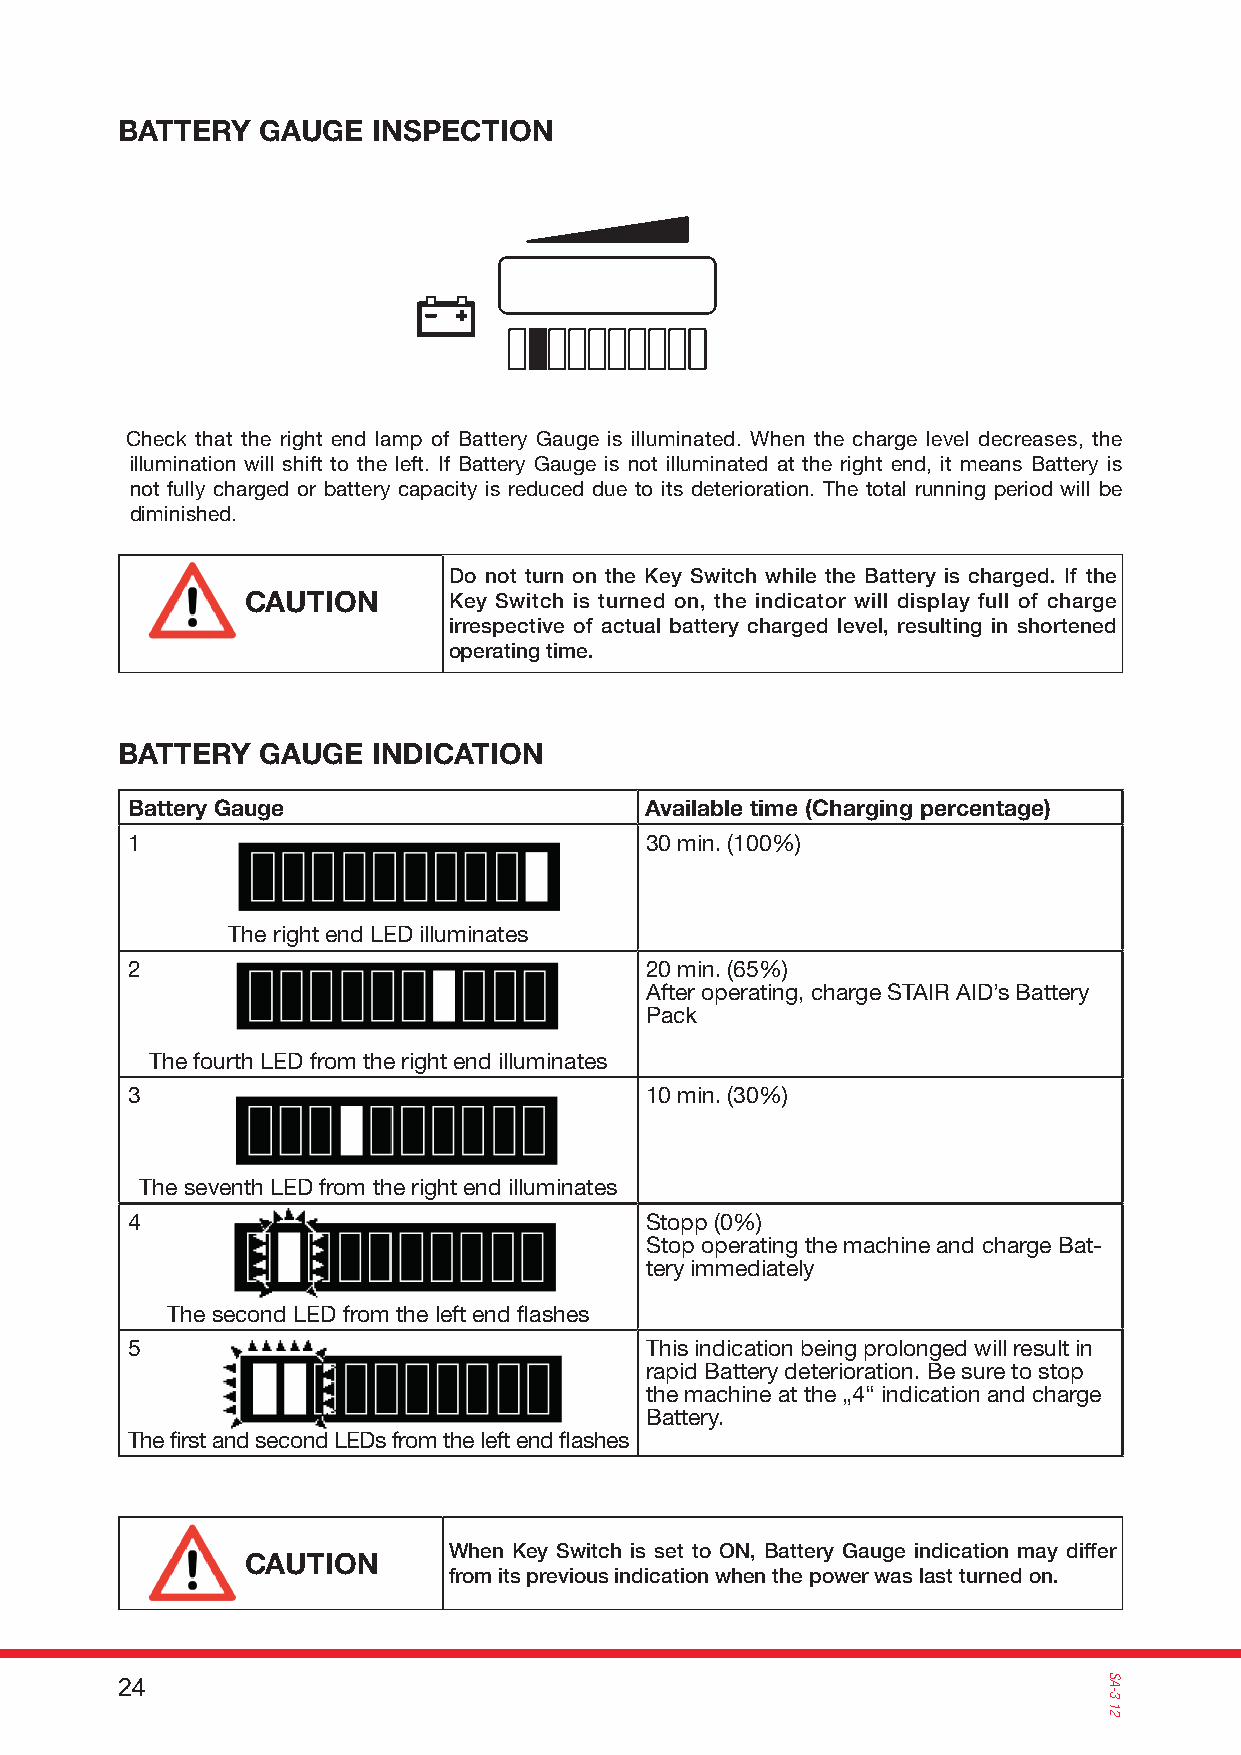
BATTERY  GAUGE   INSPECTION
 Check that the right end lamp of Battery Gauge is illuminated. When the charge level decreases, the
 illumination will shift to the left. If Battery Gauge is not illuminated at the right end, it means Battery is
 not fully charged or battery capacity is reduced due to its deterioration. The total running period will be
 diminished.
 Do not turn on the Key Switch while the Battery is charged. If the
 CAUTION       Key Switch is turned on, the indicator will display full of charge
 irrespective of actual battery charged level, resulting in shortened
 operating time.
 BATTERY  GAUGE   INDICATION
 Battery Gauge                      Available time (Charging percentage)
 1                                  30 min. (100%)
 The right end LED illuminates
 2                                  20 min. (65%)
 After operating, charge STAIR AID’s Battery
 Pack
 The fourth LED from the right end illuminates
 3                                  10 min. (30%)
 The seventh LED from the right end illuminates
 4                                  Stopp (0%)
 Stop operating the machine and charge Bat-
 tery immediately
 The second LED from the left end fl ashes
 5                                  This indication being prolonged will result in
 rapid Battery deterioration. Be sure to stop
 the machine at the „4“ indication and charge
 Battery.
 The fi rst and second LEDs from the left end fl ashes
 When Key Switch is set to ON, Battery Gauge indication may differ
 CAUTION
 from its previous indication when the power was last turned on.
 24                                                               SA-3
 12